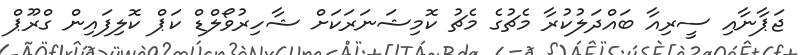
ޖަޕާނާއި ސީރިއާ ބައްދަލުކުރާ މެޗުގެ މެޗު ކޮމިޝަނަރަކަށް ޝާހިރުވޯލްޑް ކަޕް ކޮލިފައިން ގްރޫޕް